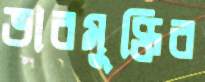
ভারমুক্তির